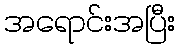
အရောင်းအပြီး